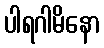
ပါရဂါမိနော